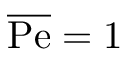
\overline { \mathrm { P e } } = 1